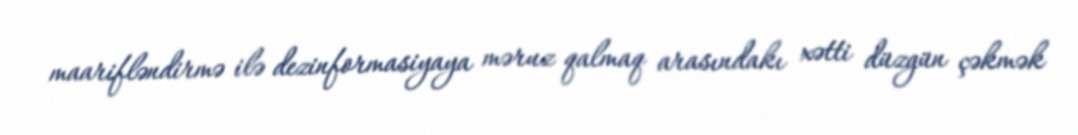
maarifləndirmə ilə dezinformasiyaya məruz qalmaq arasındakı xətti düzgün çəkmək